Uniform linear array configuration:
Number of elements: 8
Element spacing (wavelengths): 0.5
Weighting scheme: exponential
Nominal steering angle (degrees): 60
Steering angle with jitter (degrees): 58.728
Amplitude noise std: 0.05
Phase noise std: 0.05

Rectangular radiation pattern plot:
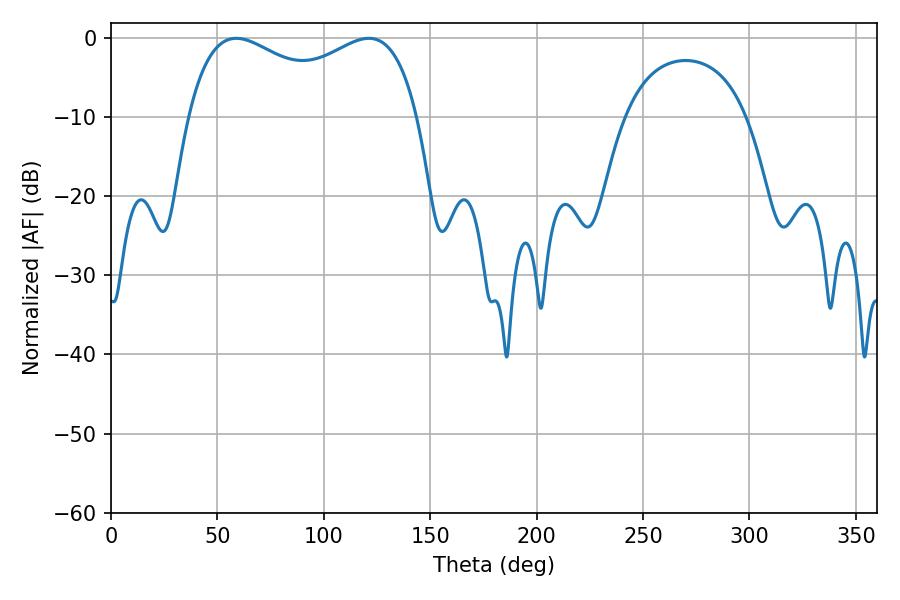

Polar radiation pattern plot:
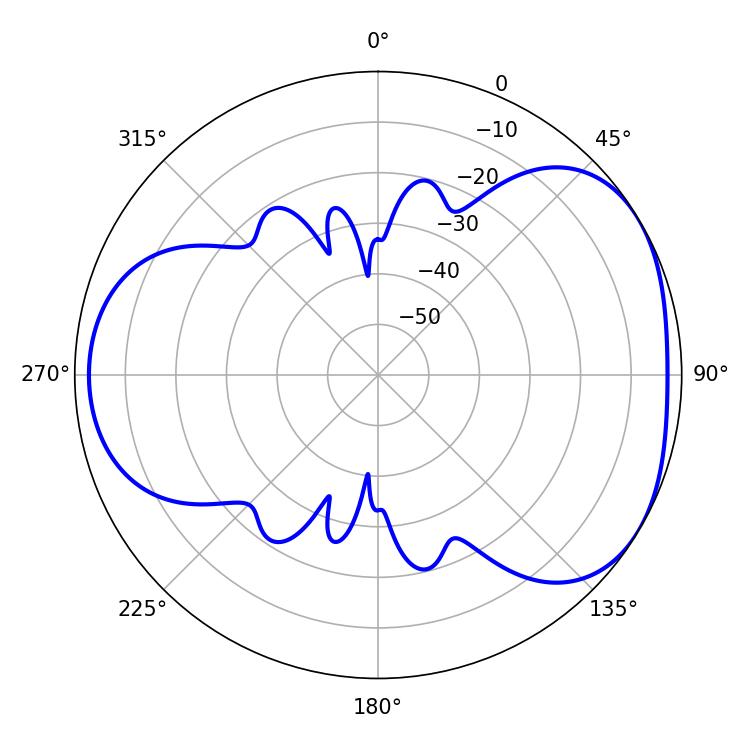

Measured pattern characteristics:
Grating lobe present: FALSE
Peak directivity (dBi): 4.179
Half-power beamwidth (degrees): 89.64
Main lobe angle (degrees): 58.86